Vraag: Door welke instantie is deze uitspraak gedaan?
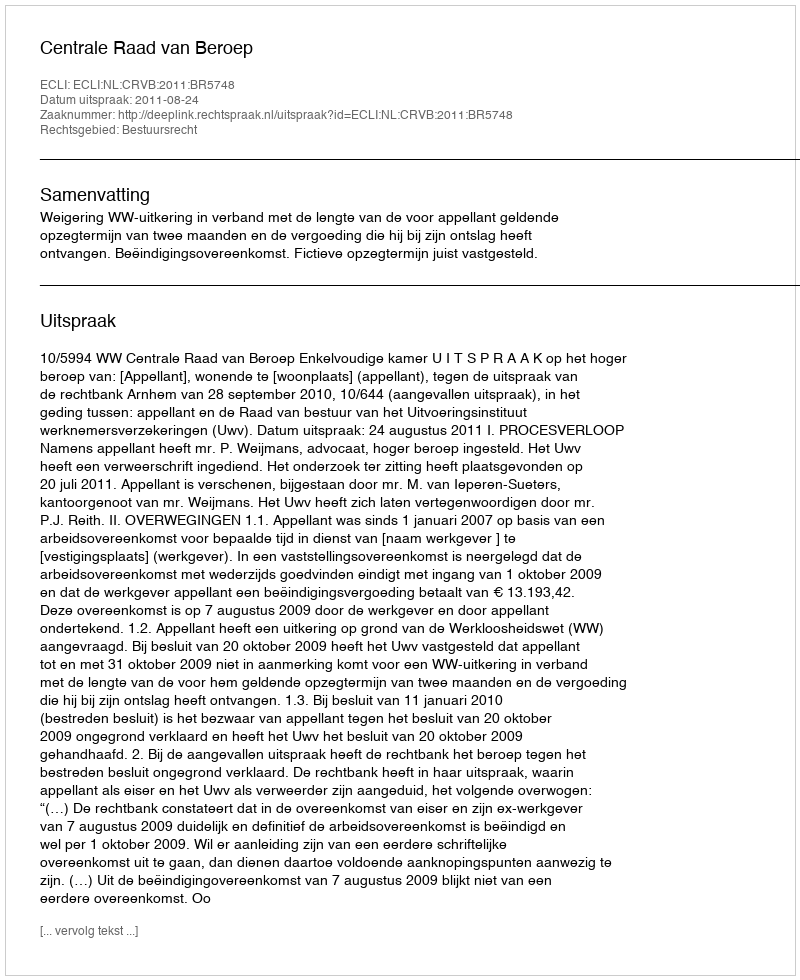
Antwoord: Centrale Raad van Beroep